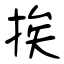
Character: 挨